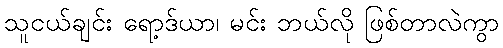
သူငယ်ချင်း ရော့ဒ်ယာ၊ မင်း ဘယ်လို ဖြစ်တာလဲကွာ